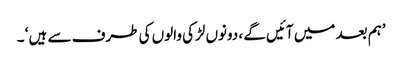
’ہم بعد میں آئیں گے ، دونوں لڑکی والوں کی طرف سے ہیں ‘ ۔